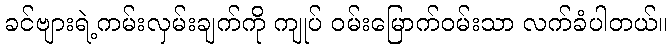
ခင်ဗျားရဲ့ကမ်းလှမ်းချက်ကို ကျုပ် ဝမ်းမြောက်ဝမ်းသာ လက်ခံပါတယ်။